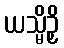
ယသ္မိဉှိ